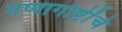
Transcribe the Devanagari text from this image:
गप्पागोष्टींचे